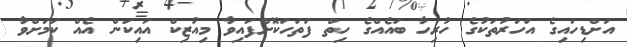
އަށްޑިހައިގެ އަހަރުތަކުގެ ހުރިހާ ބައެއްގެ ހިތް ފަތަހަކޮށްފައިވާ މިއުޒިކް އައިކަން އެއް ކަމަށްވާ